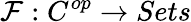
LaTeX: {\mathcal{F}}:C^{op}\to Sets